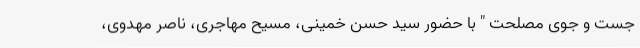
جست و جوی مصلحت " با حضور سید حسن خمینی، مسیح مهاجری، ناصر مهدوی،